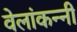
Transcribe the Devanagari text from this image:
वेलांकन्नी